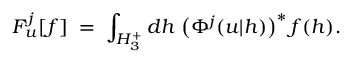
F _ { u } ^ { j } [ f ] \; = \; \int _ { H _ { 3 } ^ { + } } d h \; \bigl ( \Phi ^ { j } ( u | h ) \bigr ) ^ { * } \, f ( h ) .